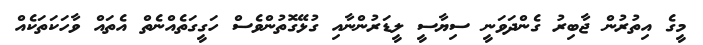
މީގެ އިތުރުން ޖާބިރު ގެންދަވަނީ ސިޔާސީ ލީޑަރުންނާއި ގުޅޭގޮތުންވެސް ހަގީގަތެއްނެތް އެތައް ވާހަކަތަކެއް